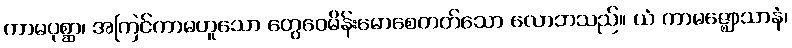
ကာမပုစ္ဆာ၊ အကြင်ကာမဟူသော တွေဝေမိန်းမောစေတတ်သော လောဘသည်။ ယံ ကာမဇ္ဈောသာနံ၊